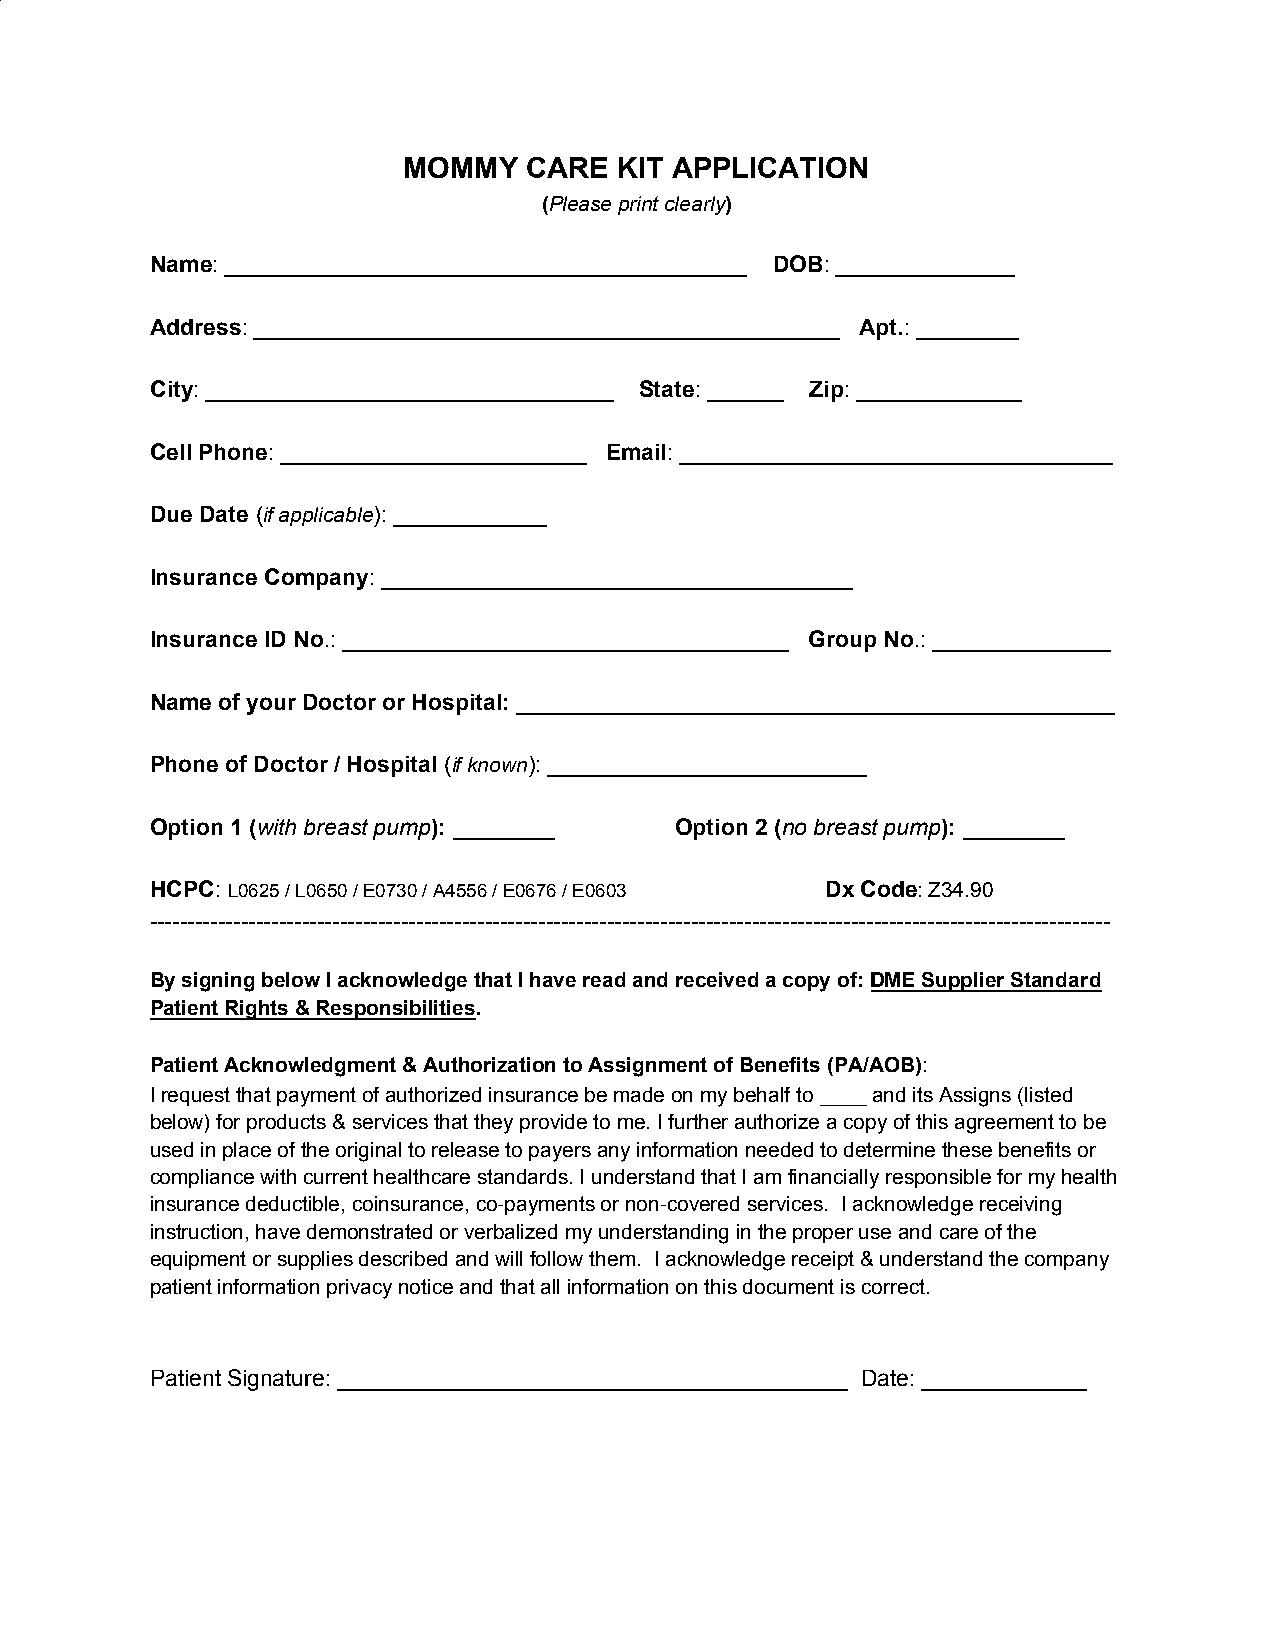
MOMMY   CARE  KIT APPLICATION
 (Please print clearly)
 ​           ​
 Name: _________________________________________ DOB: ______________
 ​                                    ​   ​
 Address: ______________________________________________ Apt.: ________
 ​                                        ​  ​
 City: ________________________________ State: ______ Zip: _____________
 ​                            ​   ​       ​ ​
 Cell Phone: ________________________ Email: __________________________________
 ​                     ​   ​
 Due Date (if applicable): ____________
 ​ ​    ​
 Insurance Company: _____________________________________
 ​
 Insurance ID No.: ___________________________________ Group No.: ______________
 ​                                ​      ​
 Name of your Doctor or Hospital: _______________________________________________
 ​
 Phone of Doctor / Hospital (if known): _________________________
 ​ ​   ​
 Option 1 (with breast pump): ________ Option 2 (no breast pump): ________
 ​          ​ ​                     ​         ​ ​
 HCPC: L0625 / L0650 / E0730 / A4556 / E0676 / E0603 Dx Code: Z34.90
 ​ ​                                        ​​  ​
 ------------------------------------------------------------------------------------------------------------------------------
 By signing below I acknowledge that I have read and received a copy of: DME Supplier Standard
 ​
 Patient Rights & Responsibilities.
 ​
 Patient Acknowledgment & Authorization to Assignment of Benefits (PA/AOB):
 ​
 I request that payment of authorized insurance be made on my behalf to ____ and its Assigns (listed
 below) for products & services that they provide to me. I further authorize a copy of this agreement to be
 used in place of the original to release to payers any information needed to determine these benefits or
 compliance with current healthcare standards. I understand that I am financially responsible for my health
 insurance deductible, coinsurance, co-payments or non-covered services. I acknowledge receiving
 instruction, have demonstrated or verbalized my understanding in the proper use and care of the
 equipment or supplies described and will follow them. I acknowledge receipt & understand the company
 patient information privacy notice and that all information on this document is correct.
 Patient Signature: ________________________________________ Date: _____________